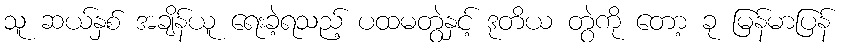
သူ ဆယ်နှစ် အချိန်ယူ ရေးခဲ့ရသည့် ပထမတွဲနှင့် ဒုတိယ တွဲကို တော့ ခု မြန်မာပြန်